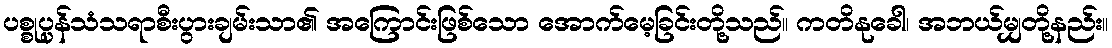
ပစ္စုပ္ပန်သံသရာစီးပွားချမ်းသာ၏ အကြောင်းဖြစ်သော အောက်မေ့ခြင်းတို့သည်။ ကတိနုခေါ၊ အဘယ်မျှတို့နည်း။